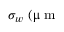
\sigma _ { w } ~ ( \upmu \textrm { m }